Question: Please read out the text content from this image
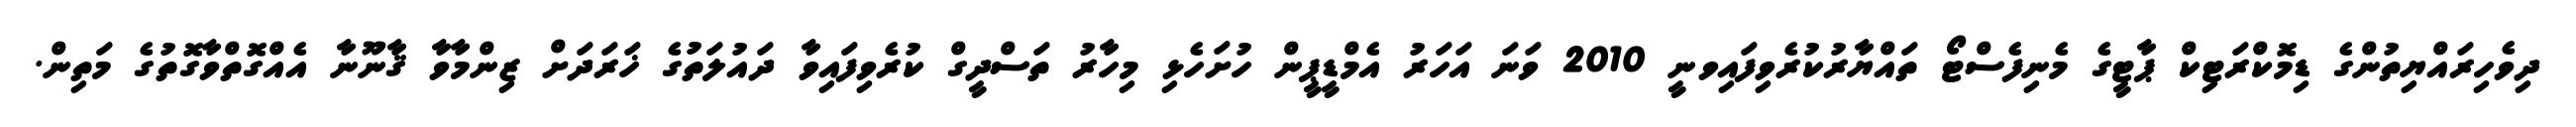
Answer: ދިވެހިރައްޔިތުންގެ ޑިމޮކްރަޓިކް ޕާޓީގެ މެނިފެސްޓޯ ތައްޔާރުކުރެވިފައިވނީ 2010 ވަނަ އަހަރު އެމްޑީޕީން ހުށަހެޅި މިހާރު ތަސްދީގް ކުރެވިފައިވާ ދައުލަތުގެ ޚަރަދަށް ޒިންމާވާ ޤާނޫނާ އެއްގޮތްވާގޮތުގެ މަތިން.